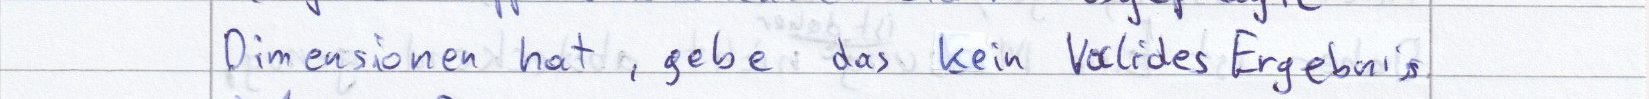
Dimensionen hat, gebe das kein Valides Ergebnis